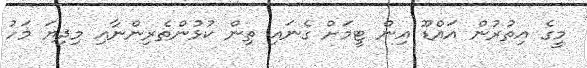
މީގެ އިތުރުން އައްޑޫ އިން ޓީމަށް ގެނައި ތިން ކުޅުންތެރިންނާއި މިދިޔަ މަހު